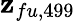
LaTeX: \mathbf{z}_{fu,499}